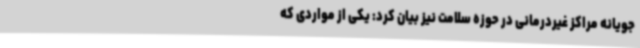
جویانه مراکز غیردرمانی در حوزه سلامت نیز بیان کرد: یکی از مواردی که